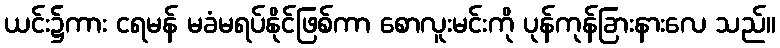
ယင်း၌ကား ငရမန် မခံမရပ်နိုင်ဖြစ်ကာ စောလူးမင်းကို ပုန်ကုန်ခြားနားလေ သည်။